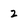
Character: 2